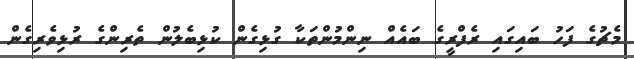
މެޗުގެ ފަހު ބައިގައި ރެފްރީގެ ބައެއް ނިންމުންތަކާ ގުޅިގެން ކުޅިބެލުން ތެރިންގެ ރުޅިވެރިގެން